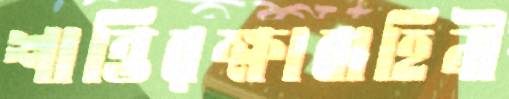
শান্তিরক্ষাবাহিনী